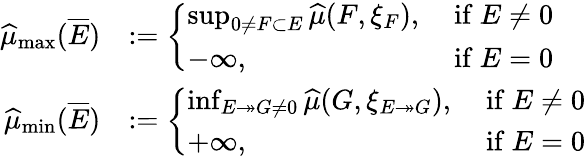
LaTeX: \begin{array}{rl}{\widehat\mu_{\operatorname*{max}}(\overline{E})}&{:=\left\{ \begin{array}{ll}{\operatorname*{sup}_{0\not=F\subset E}\widehat\mu(F,\xi_{F}),}&{\mathrm{~if~}E\not=0}\\ {-\infty,}&{\mathrm{~if~}E=0}\end{array}\right.}\\ {\widehat{\mu}_{\operatorname*{min}}(\overline{E})}&{:=\left\{ \begin{array}{ll}{\operatorname*{inf}_{E\twoheadrightarrow G\not=0}\widehat\mu(G,\xi_{E\twoheadrightarrow G}),}&{\mathrm{~if~}E\not=0}\\ {+\infty,}&{\mathrm{~if~}E=0}\end{array}\right.}\end{array}